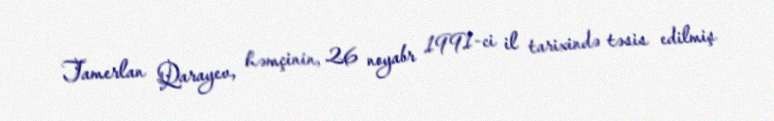
Tamerlan Qarayev, həmçinin, 26 noyabr 1991-ci il tarixində təsis edilmiş